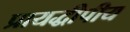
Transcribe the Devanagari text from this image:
प्रायद्धीपीय